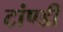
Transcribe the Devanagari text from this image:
टांण्डी